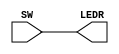
module part_1(SW, LEDR);
	input [17:0]SW;
	output [17:0]LEDR;
	assign LEDR = SW;
endmodule